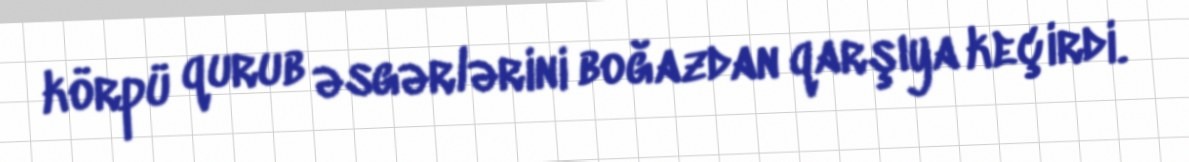
körpü qurub əsgərlərini boğazdan qarşıya keçirdi.